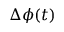
\Delta \phi ( t )